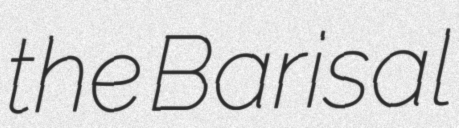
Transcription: the Barisal